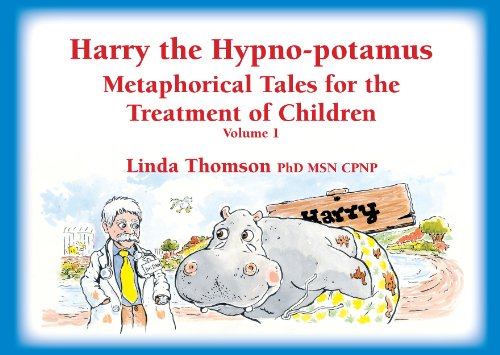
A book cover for Harry the Hypno-potamus, Metaphorical Tales for the Treatment of Children, Volume 1; Linda Thomson; Health, Fitness & Dieting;